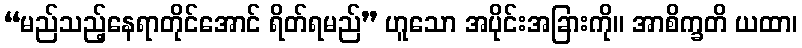
“မည်သည့်နေရာတိုင်အောင် ရိတ်ရမည်” ဟူသော အပိုင်းအခြားကို။ အာစိက္ခတိ ယထာ၊